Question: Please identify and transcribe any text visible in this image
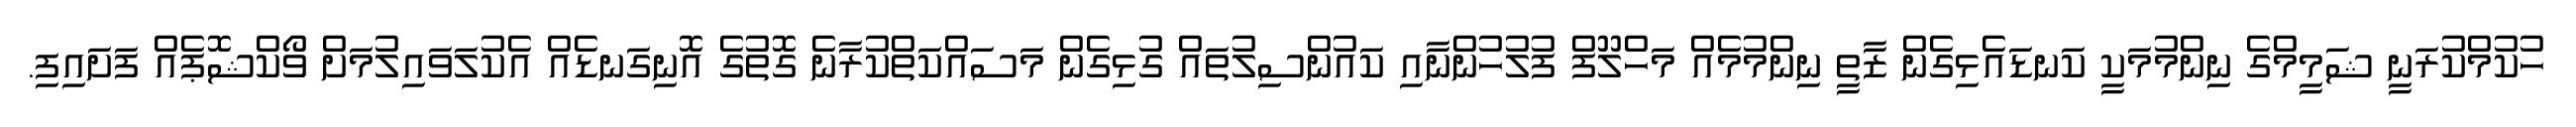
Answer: ހުކުމްކުރަނީ ޝަމީމްގެ ނިންމުމަކީ ކަނޑައެޅިގެން ޒާތީ ނިންމުމެއް މަހްލޫފް ފުލުހުންނާއި ކައުންސިލުތައް ގުޅިގެން މަސައްކަތްކުރާނެ ގޮތުގެ އޮނިގަނޑެއް އެކުލަވައިލުމަށް ވޯކްޝޮޕެއް ފަށައިފި.